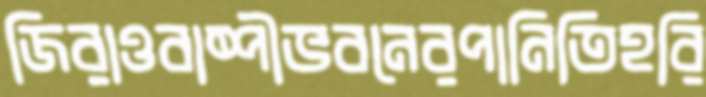
জিরাওবাষ্পীভবনেরপানিতিহরি